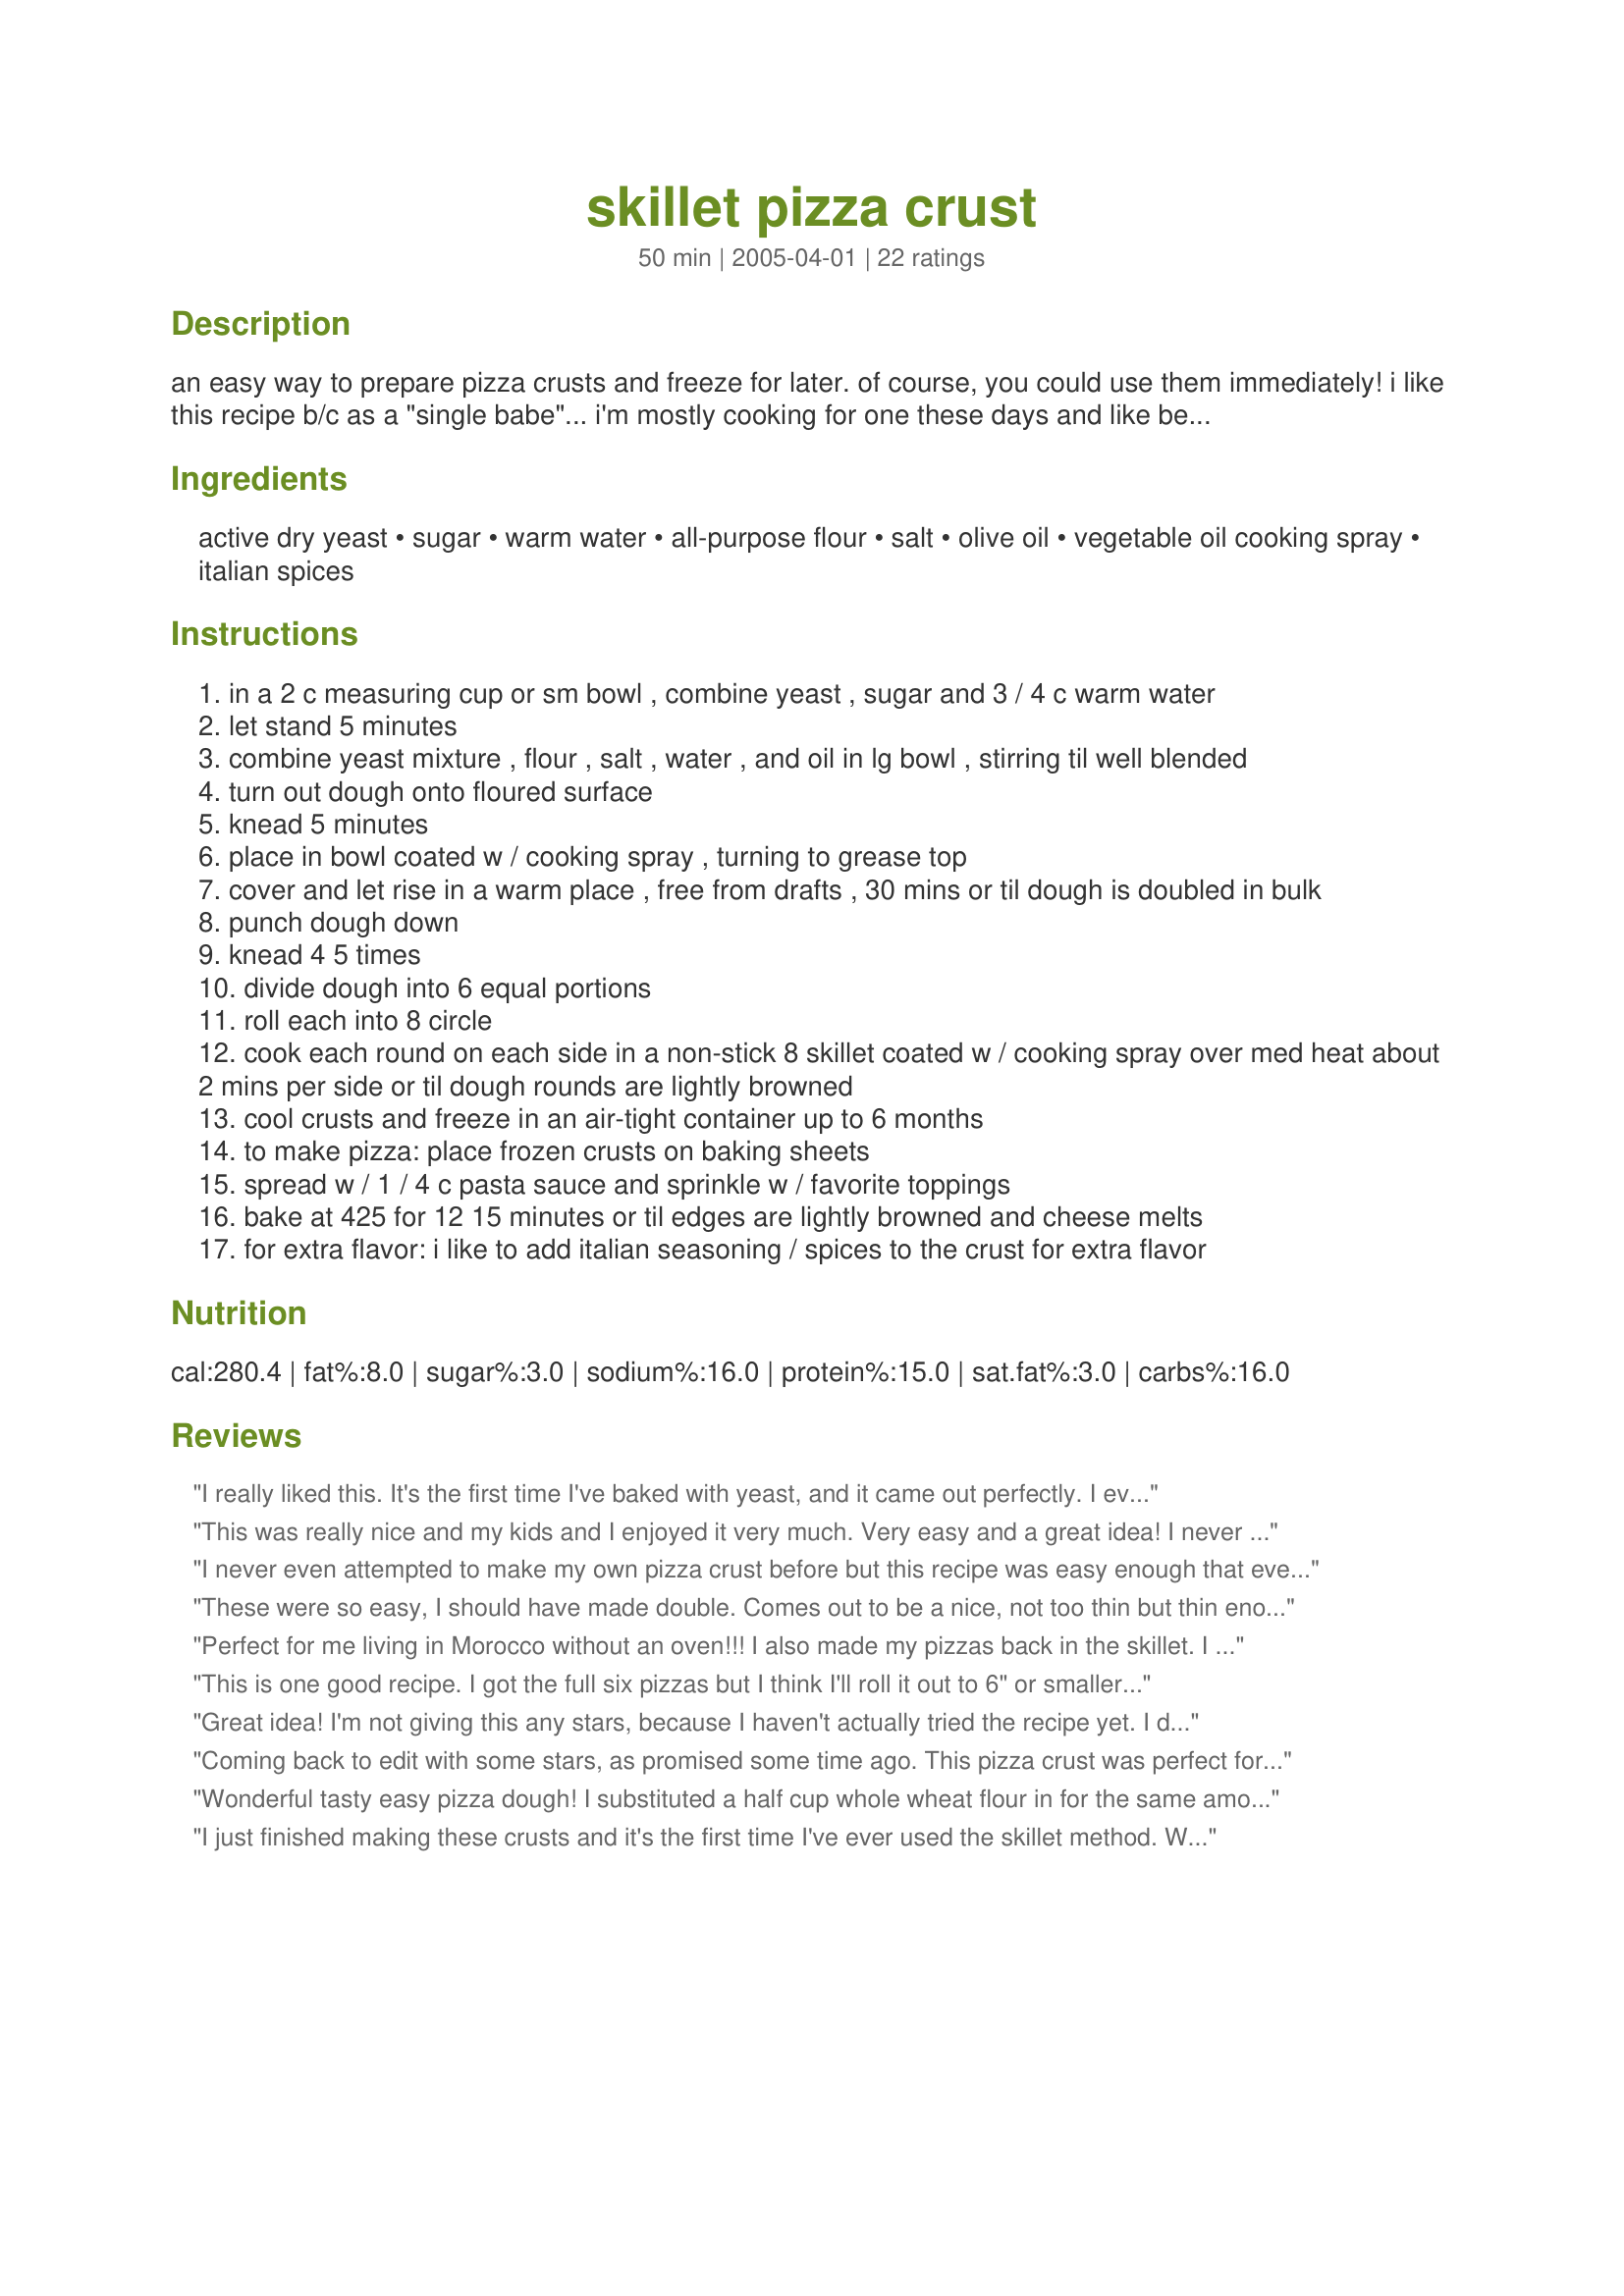
skillet pizza crust
Preparation time: 50 minutes

an easy way to prepare pizza crusts and freeze for later. of course, you could use them immediately! i like this recipe b/c as a "single babe"... i'm mostly cooking for one these days and like being able to pull an individual-size pizza crust out of the freezer for a quick dinner... or when i have unexpected company!

Ingredients:
active dry yeast, sugar, warm water, all-purpose flour, salt, olive oil, vegetable oil cooking spray, italian spices

Steps:
in a 2 c measuring cup or sm bowl , combine yeast , sugar and 3 / 4 c warm water
let stand 5 minutes
combine yeast mixture , flour , salt , water , and oil in lg bowl , stirring til well blended
turn out dough onto floured surface
knead 5 minutes
place in bowl coated w / cooking spray , turning to grease top
cover and let rise in a warm place , free from drafts , 30 mins or til dough is doubled in bulk
punch dough down
knead 4 5 times
divide dough into 6 equal portions
roll each into 8 circle
cook each round on each side in a non-stick 8 skillet coated w / cooking spray over med heat about 2 mins per side or til dough rounds are lightly browned
cool crusts and freeze in an air-tight container up to 6 months
to make pizza: place frozen crusts on baking sheets
spread w / 1 / 4 c pasta sauce and sprinkle w / favorite toppings
bake at 425 for 12 15 minutes or til edges are lightly browned and cheese melts
for extra flavor: i like to add italian seasoning / spices to the crust for extra flavor

Reviews:
I really liked this. It's the first time I've baked with yeast, and it came out perfectly. I even used 1 cup whole wheat flour in place of some of the white. I made 8 "personal pizza" sized crusts in a skillet, but felt they were still a bit doughy after being cooked only on one side.(after I fixed one with jarred tomato sauce and cheese) I put them all back in a 400 degree oven right on the racks for about 5 minutes. That seemed to finish the cooking. I then topped one with pesto and sliced fresh mozzerella. Wonderful, and VERY crispy! Can't wait to try other toppings. Thanks for a quick replacement for frozen pizza!
This was really nice and my kids and I enjoyed it very much. Very easy and a great idea! I never would have thought of frying and freezing pizza dough!
I never even attempted to make my own pizza crust before but this recipe was easy enough that even I could do it. I am watching what I eat and these will be good for a fairly low calorie and low fat personal pizza. We had two of them and froze the others for later. It was maybe a crispier crust than I would normally had but still much better than any 'diet' frozen pizza. I mixed half a tablespoon of oregano and half a tablespoon of basil into the dough.
These were so easy, I should have made double. Comes out to be a nice, not too thin but thin enough crust. I was going to make pita bread this week but this bread's consistency is perfect as a pita substitute. Mine didn't come out perfectly round at first but by the second one I started making an eight turn with every roll and that made them come out more circular. Thanks for sharing this recipe!
Perfect for me living in Morocco without an oven!!! I also made my pizzas back in the skillet. I used homemade sauce, a mix of cheese, some oregano, and a ton of thin sliced onions. I just put the lid on near the end to completely melt the cheese, then a couple of mins more uncovered. It wasn't browned (the cheese) the way I love it but it was excellent and beats going without pizza!!! Thank you so much!
This is one good recipe. I got the full six pizzas but I think I'll roll it out to 6" or smaller. So much cheaper. I used to buy a frozen pizza for $8+. Now I make a few for that price. Thanks for posting. It's a keeper.
Great idea! I'm not giving this any stars, because I haven't actually tried the recipe yet. I did use the method though with the leftover dough I had from Pizza Dough for Thin Crust Pizza Recipe (#70165). We haven't had the frozen pizza crusts yet, but they baked up nice (I think I could have even used them as pitas!), and I can't wait to make pizza's for dinner again!
Coming back to edit with some stars, as promised some time ago. This pizza crust was perfect for our family. We've made it once already and everyone enjoyed making their own pizzas. I even made focaccia out of my piece. I'll be making another 2 or 3 batches of this for the freezer to pull out for quick meals. I should say that I made the dough in my bread machine on the dough setting and I loved the texture of it.
Wonderful tasty easy pizza dough! I substituted a half cup whole wheat flour in for the same amount of flour, and used garlic salt in place of regular salt. 
After the pizza rounds were cool, I went ahead and sauced them all, added cheese and toppings, and flash froze. 
After the pizzas were frozen, I wrapped in plastic wrap and popped them into large freezer bags. Just last week I pulled out a couple, preheated the oven to 400, and baked right on the rack for 12 minutes. They came out INCREDIBLE! The crust was nice and crispy, the cheese and toppings just right....the ease of frozen pizza with the taste of homemade! I'll NEVER buy a supermarket frozen pizza again, now that I know how to make my own!
I just finished making these crusts and it's the first time I've ever used the skillet method. What a fun recipe to make with kids! For a little extra nutrition, I used half wheat flour but followed the rest of the recipe and they were great!
This is definitely a quicker way of making pizza dough as the rising time and cooking time are shorter than the dough we usually make. Useful for when in a hurry!
What a great idea! i made a double recipe of these over the weekend and it was a snap to make pizza for supper tonight. Your directions were easy to follow and the pizza crusts worked perfect! I will be using this recipe often, thanks for sharing it!
So easy! My husband and son prefer thin crispy crusts, and my daughter and I prefer thicker, chewier crusts. So now I can make this and use a couple of personal-size shells for half the pizzas, and one regular shell for my daughter and me. Everyone gets what they want!
I really liked this recipe. I have a 3 year old and he can now "make" his own pizza. I pull one of these out (I make lots of little indivicual ones as well as some adult sizes) of the freezer and he can top with his own sauce and cheese and toppings. He thinks its great. He helped me make the dough (I threw it all in the bread machine on automatic dough cycle) andto roll out the ..ahem..circles! Thank you for a great recipe.

Edit: We did these for OAMC last night and I made the dough by hand and let my son cut out shapes using large cookie cutters. We now have pizzas in toddler size portions and in star, people and heart shapes, they're brilliant!
So sorry I forgot to review this! Have been making these for a few years now. Love them. I make lots and freeze them. They work out perfectly when my teens bring home unexpected guests. They always enjoy making their own pizzas.
I sometimes sprinkle a little cornmeal on one side of the dough prior to frying it up in the pan. I just like the texture.
Thanks for a great recipe.
This is a fun recipe! We had it for dinner with no fights as to what toppings everyone wanted because we all got what we wanted. Wahoo! We just put the leftovers from the freezer in the oven for lunch today. As we were putting them together, my five-year-old said, "Hey, this is just like a Lunchable." You will get no finer compliment from him. ;-)
My only hint is to note the number of yeast packets needed. This was my first time making pizza crusts, and I had no idea they needed so much yeast and almost misread the recipe.
These were good and very quick to make. I do prefer the dough I usually make, though, as this one trades a little flavor for speed. I feel that a slow rise, especially an overnight retarding of the dough in the refrigerator, develops a more complex flavor. I also like a very crispy crust, which is easier to attain if the crusts are baked on a hot stone, as the stone pulls moisture from the dough. I used a skillet for the sake of following the recipe, but used a stone when I baked the topped pizzas (they did crispen up, but I don't think as much as if the dough is originally baked on the stone). I did vary the mixing instructions, since I used a food processor to mix and knead the dough. I went ahead and made the pizzas without freezing the crusts, but they would be very handy to keep on hand in the freezer. All this said, I do think this is a very worthwhile recipe, and the ease and speed may encourage those who've never made their own dough to do so. It is also very handy in the event you are wanting pizza, but don't have the advantage of having made the dough ahead of time. I like to grill pizzas when the weather is warm, so with summer approaching I'm sure I'll be making these again. Thanks for posting!
Great recipe, I love pizza, this recipe provided me with an easy way to make great pizza dough.
I made your recipe and it's so easy now to make a nice snack for the grandkids when they come home from school. I was so surprised with how good they really turned out. The kids loved them. I can now keep a supply of shells on hand for after-school snacks. A 15 oz can of pizza sauce is enough to cover the 8 pizzas. I made 2 shells today and divided and froze the remainder sauce to pull out of the freezer along with each shell.
Great!
These were so easy and good. This is the first time I used yeast, and so I am very happy that these turned out really good.
this would be more than 5 stars in my book. So easy and taste grate.
I did not have 3 pks of yeast so I used 2 pks of rapid rise and it worked out just fine.
This is perfect for my kids. They can make there own toppings and enjoy. I may make them up ahead of time with the toppings and then freeze. That way they can just pop them in and presto...no more store pizza that taste like cardboard.
Glad you shared:)
I used my new KitchenAid stand up mixer to prep the dough. The dough required about 1/2 cup more water but that is probably due to the type of flour I used and not the recipe's fault. This was a good opportunity to use up leftovers from our New Year's Day lunch. I drizzled a little bit of olive oil on the crust, added some feta and Parmesan, sliced grape tomatoes, and a sprinkle of Greek oregano and red onion (basically a modified and glorified version of Queen Margherita)-all leftovers. After removing the mini pizzas from the oven they were garnished with fresh cilantro. Half of the remaining prepared crusts have been frozen. In a little over one hour we had a fantastic meal with lots of fresh ingredients and I was able to use up most of the leftovers. Thanks for posting!
